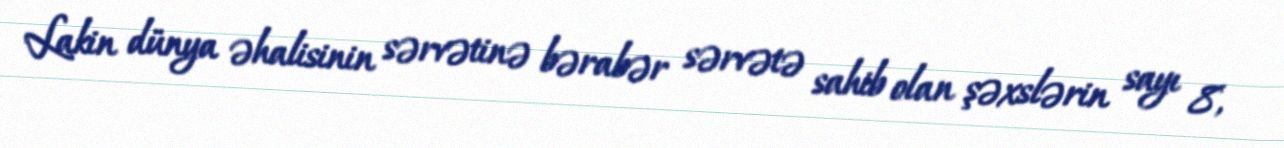
Lakin dünya əhalisinin sərvətinə bərabər sərvətə sahib olan şəxslərin sayı 8,